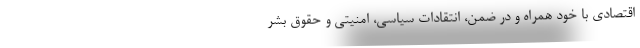
اقتصادی با خود همراه و در ضمن، انتقاداتِ سیاسی، امنیتی و حقوقِ بشرِ